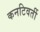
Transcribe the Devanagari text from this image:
कनटिवर्ती